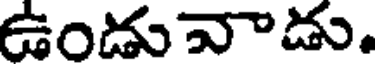
ఉండువాడు.